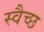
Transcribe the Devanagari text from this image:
स्वैच्छ